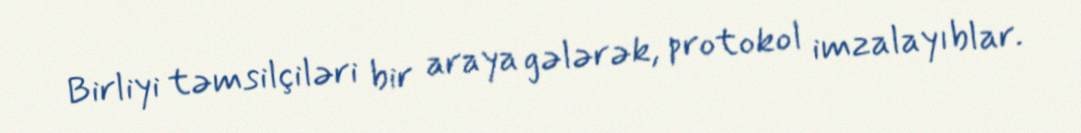
Birliyi təmsilçiləri bir araya gələrək, protokol imzalayıblar.